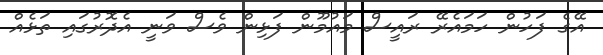
އޭގެ ފަހުން ހަމައެރޭ ރައީސް މައުމޫން ފަޅިން ވެސް ވަނީ އެދޮރުގައި ތަޅެއް